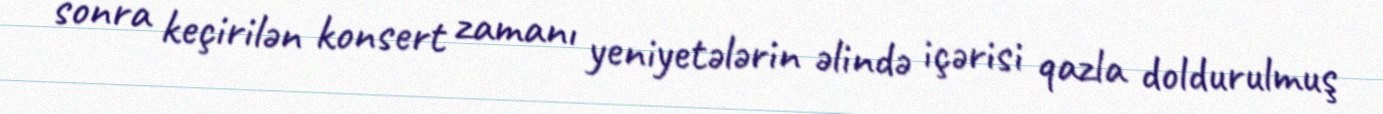
sonra keçirilən konsert zamanı yeniyetələrin əlində içərisi qazla doldurulmuş